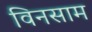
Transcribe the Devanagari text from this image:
विनसाम